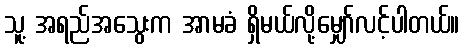
သူ့ အရည်အသွေးက အာမခံ ရှိမယ်လို့မျှော်လင့်ပါတယ်။